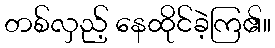
တစ်လှည့် နေထိုင်ခဲ့ကြ၏။